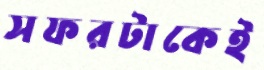
সফরটাকেই